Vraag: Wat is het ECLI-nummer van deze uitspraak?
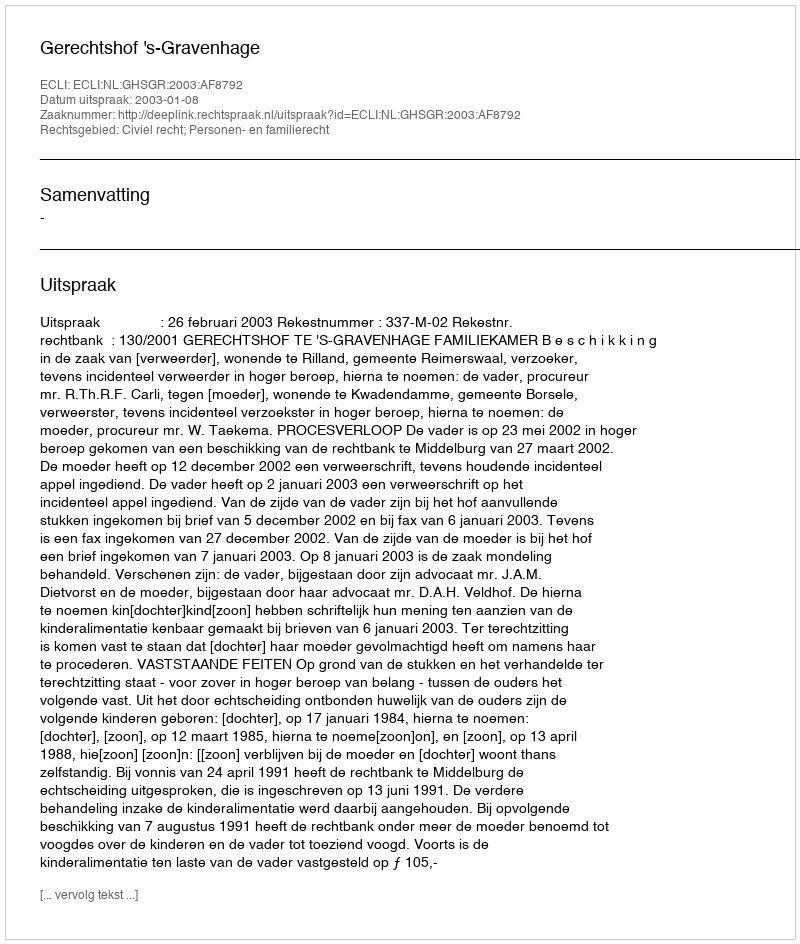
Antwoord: ECLI:NL:GHSGR:2003:AF8792